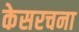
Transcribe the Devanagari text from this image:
केसरचना